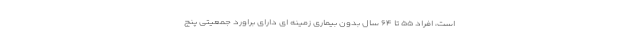
است، افراد ۵۵ تا ۶۴ سال بدون بیماری زمینه ای دارای براورد جمعیتی پنج